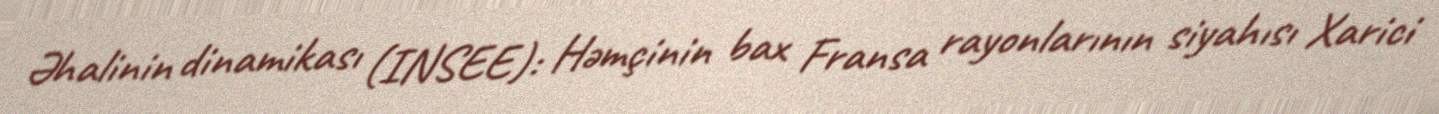
Əhalinin dinamikası (INSEE): Həmçinin bax Fransa rayonlarının siyahısı Xarici